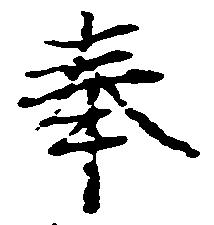
奉